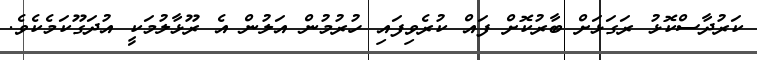
ކަރުދާސްކޮޅު ރަގަޅަށް ބާރުކޮށް ފައް ކުރެވިފައި ހުރުމުން އަލުން އެ ރޫޅާލުމަކީ އުދަގޫކަމެކެވެ.